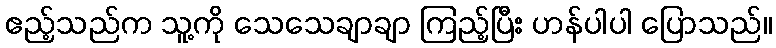
ဧည့်သည်က သူ့ကို သေသေချာချာ ကြည့်ပြီး ဟန်ပါပါ ပြောသည်။